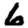
Digit: 6